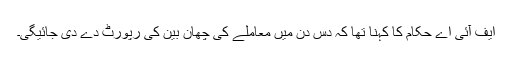
ایف آئی اے حکام کا کہنا تھا کہ دس دن میں معاملے کی چھان بین کی رپورٹ دے دی جائیگی۔